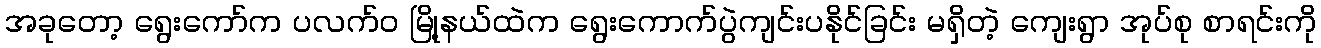
အခုတော့ ရွေးကော်က ပလက်၀ မြို့နယ်ထဲက ရွေးကောက်ပွဲကျင်းပနိုင်ခြင်း မရှိတဲ့ ကျေးရွာ အုပ်စု စာရင်းကို